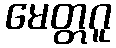
မေတ္တဂူ